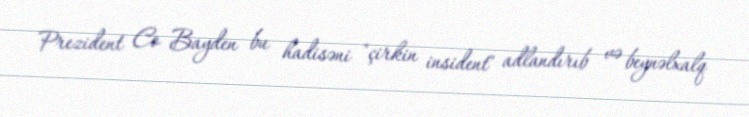
Prezident Co Bayden bu hadisəni "çirkin insident" adlandırıb və beynəlxalq